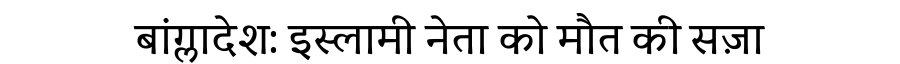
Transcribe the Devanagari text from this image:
बांग्लादेश: इस्लामी नेता को मौत की सज़ा